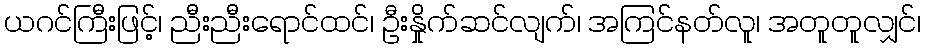
ယဂင်ကြီးဖြင့်၊ ညီးညီးရောင်ထင်၊ ဦးနှိုက်ဆင်လျက်၊ အကြင်နတ်လူ၊ အတူတူလျှင်၊